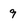
Character: 9